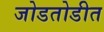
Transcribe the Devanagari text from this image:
जोडतोडीत